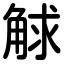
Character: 觩